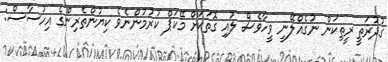
ގުދުރަތީ ރީތިކަން ނުގެއްލޭނީ ވީހާވެސް ލުއި ގޮތަކަށް މޭކަޕް ކުރުމުންނެވެ ކިޔުންތެރިންގެ އިހުސާސް: